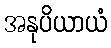
အနုပိယာယံ